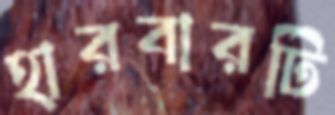
হারবারটি